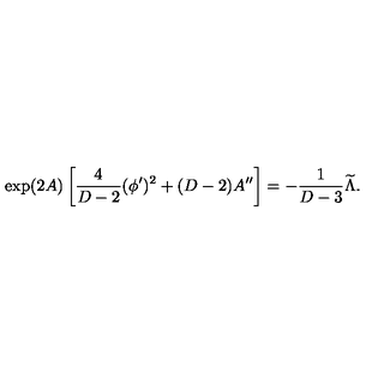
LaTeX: \exp ( 2 A ) \left[ { \frac { 4 } { D - 2 } } ( \phi ^ { \prime } ) ^ { 2 } + ( D - 2 ) A ^ { \prime \prime } \right] = - { \frac { 1 } { D - 3 } } { \widetilde \Lambda } .